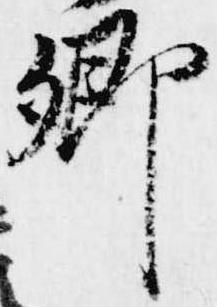
卿